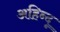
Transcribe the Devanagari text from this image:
अहिन्दू